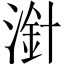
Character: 𣻁